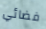
فضائي